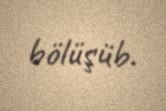
bölüşüb.